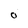
Character: 0